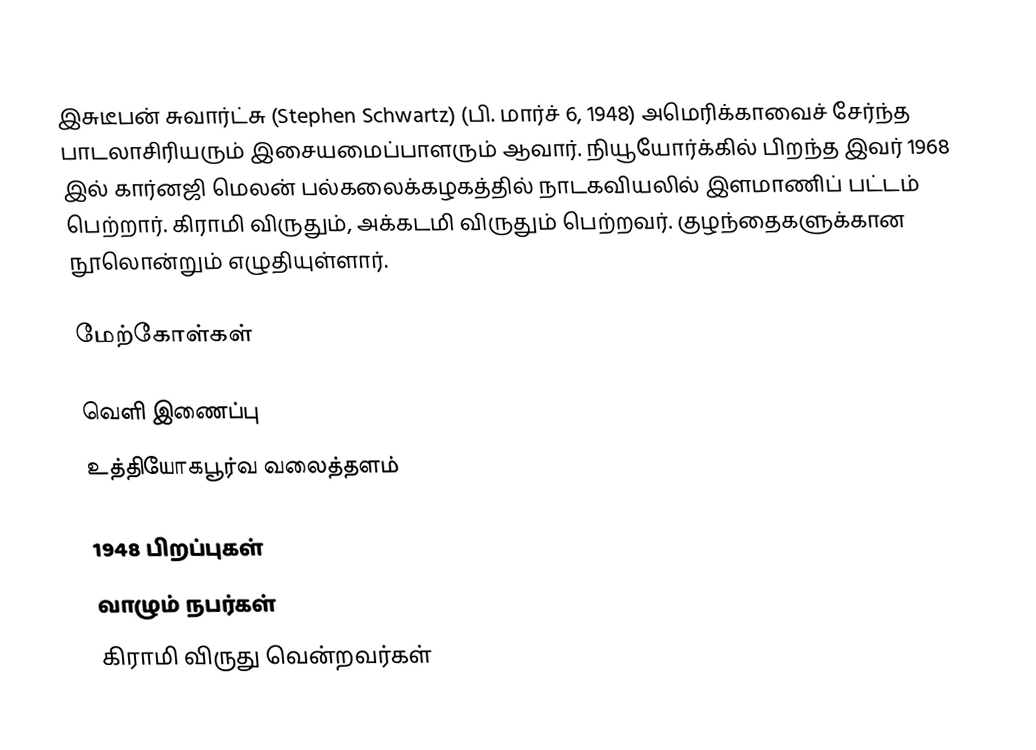
இசுடீபன் சுவார்ட்சு (Stephen Schwartz) (பி. மார்ச் 6, 1948) அமெரிக்காவைச் சேர்ந்த பாடலாசிரியரும் இசையமைப்பாளரும் ஆவார். நியூயோர்க்கில் பிறந்த இவர் 1968 இல் கார்னஜி மெலன் பல்கலைக்கழகத்தில் நாடகவியலில் இளமாணிப் பட்டம் பெற்றார். கிராமி விருதும், அக்கடமி விருதும் பெற்றவர். குழந்தைகளுக்கான நூலொன்றும் எழுதியுள்ளார்.

மேற்கோள்கள்

வெளி இணைப்பு
 உத்தியோகபூர்வ வலைத்தளம்

1948 பிறப்புகள்
வாழும் நபர்கள்
கிராமி விருது வென்றவர்கள்